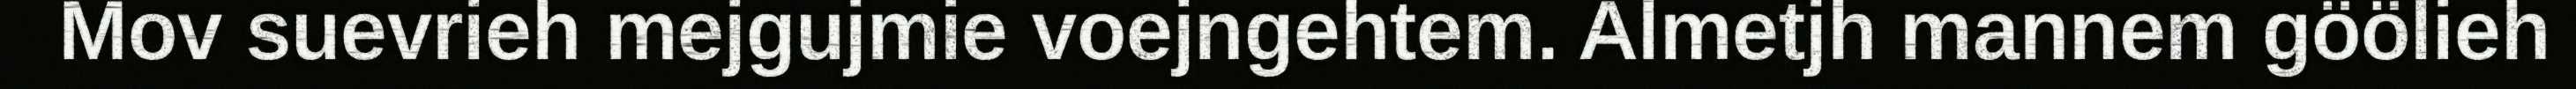
Mov suevrieh mejgujmie voejngehtem. Almetjh mannem göölieh